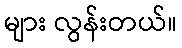
များ လွန်းတယ်။